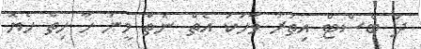
ދަ ބެސްޓް އިތުރު ވާހަކަ އެތް ނެތް މީނަ ހާ ހިތް ހެޔޮ